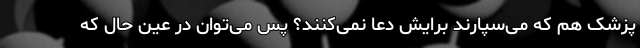
پزشک هم که می‌سپارند برایش دعا نمی‌کنند؟ پس می‌توان در عین حال که